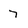
Character: 7